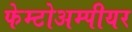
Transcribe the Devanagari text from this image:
फेम्टोअम्पीयर